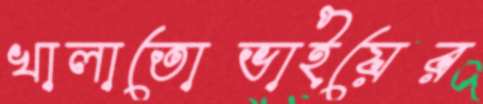
খালাতোভাইয়ের